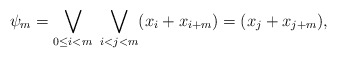
\begin{align*} \psi_m = \bigvee_{0 \leq i < m} \ \bigvee_{i < j < m} (x_i + x_{i+m}) = (x_j + x_{j+m}), \end{align*}